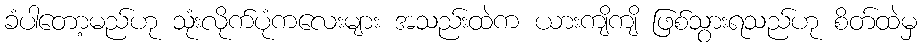
ခံပါတော့မည်ဟု သုံးလိုက်ပုံကလေးများ အသည်းထဲက ယားကျိကျိ ဖြစ်သွားရသည်ဟု စိတ်ထဲမှ